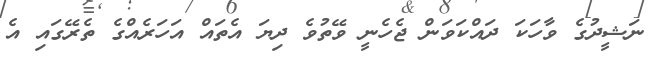
ނަޝީދުގެ ވާހަކަ ދައްކަވަން ޖެހެނީ ވޭތުވެ ދިޔަ އެތައް އަހަރެއްގެ ތެރޭގައި އެ